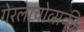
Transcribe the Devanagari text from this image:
गेरलाचोव्सकी